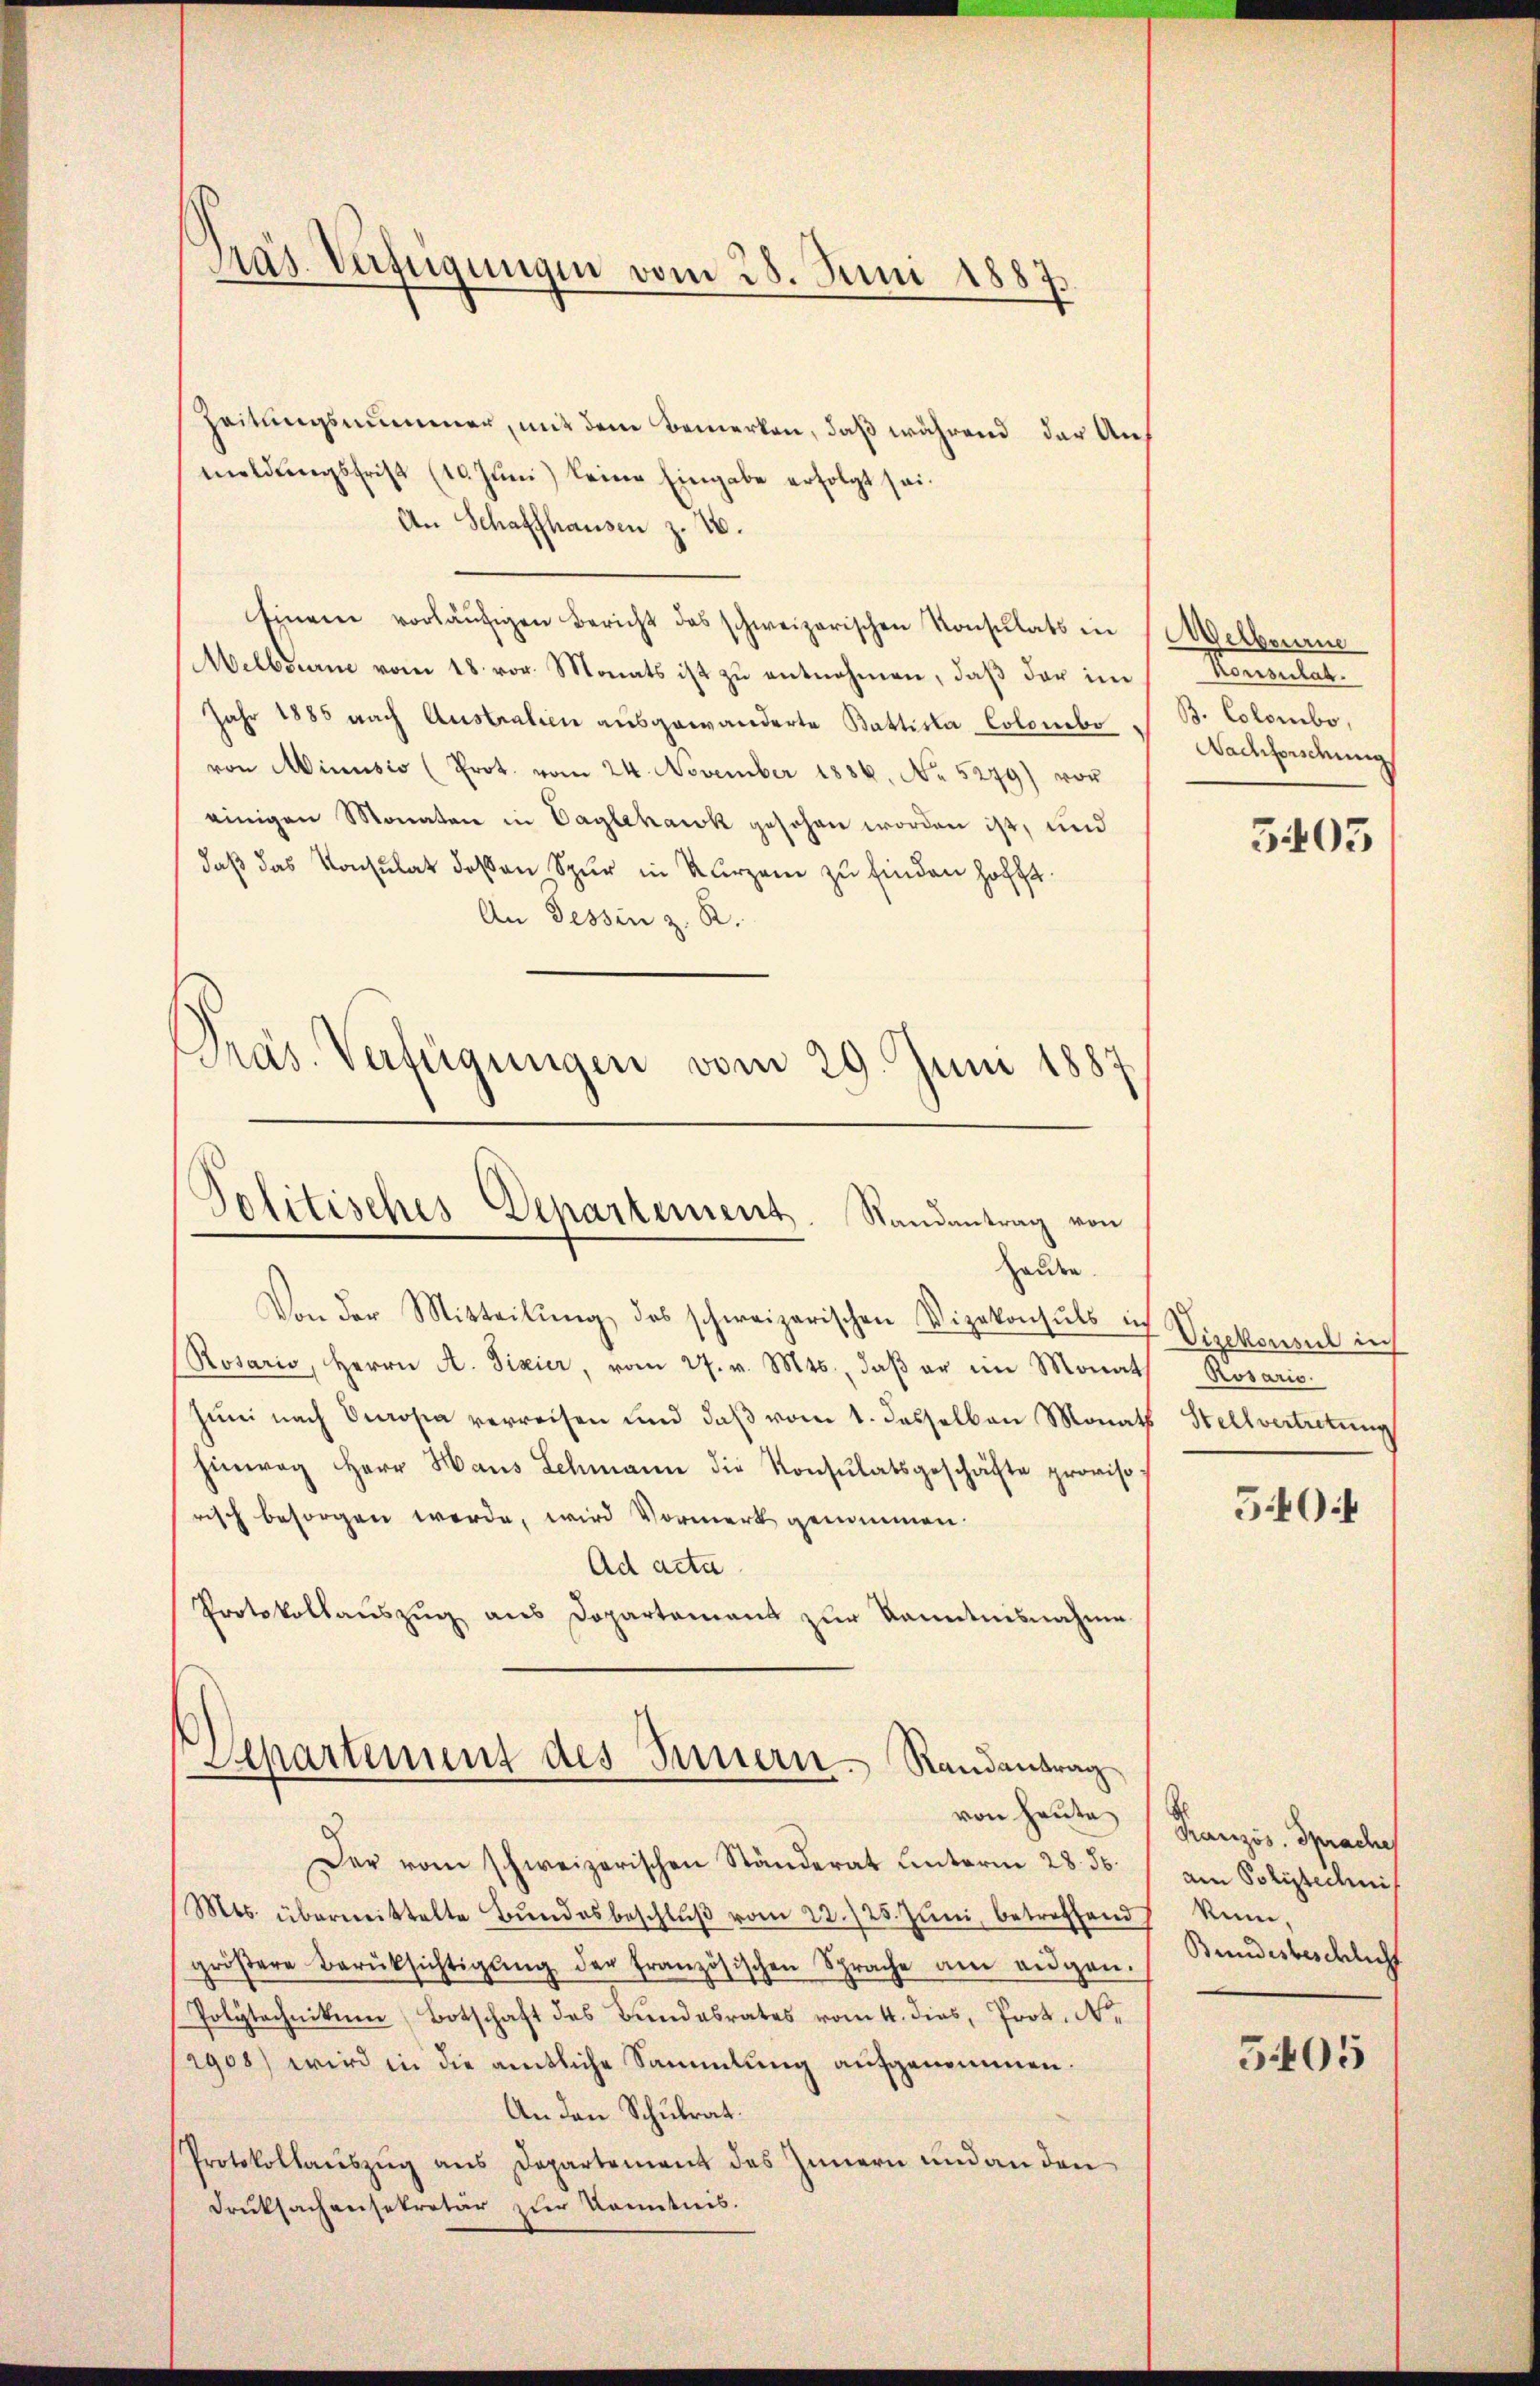
Präs. Verfügungen vom 28. Juni 1887.

Zeitungsnummer, mit dem Bemerken, daß während der Auf
meldŭngsfrist (10. Jŭni) keine Eingabe erfolgt sei.
An Schaffhausen z. B.
Einem vorläŭfigen Bericht des schweizerischen Konsulats in
Melbourne vom 18. vor. Monats ist zu entnehmen, daß der im
Jahr 1885 nach Australien ausgewanderte Battisla Colombo
von Minusio (Prot. vom 24. November 1886. No. 5279) von
einigen Monaten in Vaglehack gesehen worden ist, und
daß das Konsulat deßen Spur in Kurzen zu finden hofft.
An Tessin z. R.

Präs. Verfügungen vom 29. Juni 1887
Politisches Departement. Randantrag von
Hause.
Von der Mitteilŭng des schweizerischen Vizekonsuls ich Vizekonsul ich

(Rosario, Herrn A. Fixier, vom 27. v. Mts., daβ er im Monat
Jŭni nach Europa verreisen und daβ vom 1. dasselben Monats Stellvertretung
hinweg herr Haus Schmann die Konsulatsgeschäfte proviso
risch besorgen werde, wird Vormerk genommen.
Ad acta
Protokollauszug aus Dopartement zur Kenntnisnahme

Separtement des Innern Randantrag
von heute

Der vom schweizerischen Ständerat unterm 28. 56.
Mts. übermittelte Bŭndesbeschlŭβ vom 22./25. Jŭni, betreffend Kin-
gröβere Berüksichtigŭng der französischen Sprache am eidgen.
Polytechnikum Botschaft des Bundesrates vom 4. dies, Prok. N.
2908) wird in die amtliche Sammlung aufgenommen.
An den Schulrat.
Protokollaŭszŭg ans Departement des Innern und an den
Druksachensekretär zur konntnis.

Welkenrie
Rentelal
B. Colombo,
Nachforschung
5403

Rosario.
540

Französ. Spraches
am Polizeilinis
Bundesbeschlicht

5405